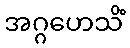
အဂ္ဂဟေသိံ